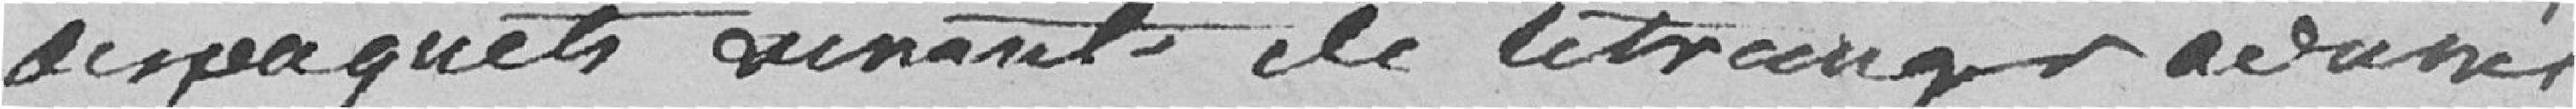
des paquets venant de l'étranger avancés